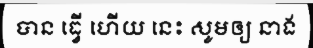
បាន ធ្វើ ហើយ នេះ សូមឲ្យ នាង